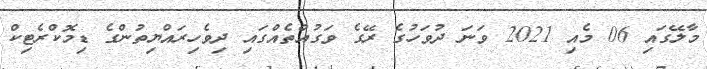
މާލޭގައި 06 މެއި 2021 ވަނަ ދުވަހުގެ ރޭގެ ވަގުއްތެއްގައި ދިވެހިރައްޔިތުންގެ ޑިމޮކްރެޓިކް